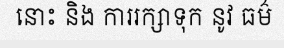
នោះ និង ការរក្សាទុក នូវ ធម៌